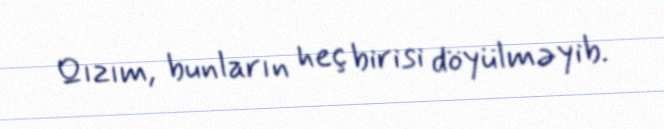
Qızım, bunların heç birisi döyülməyib.